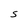
Character: S